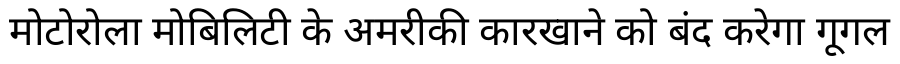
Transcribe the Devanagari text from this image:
मोटोरोला मोबिलिटी के अमरीकी कारखाने को बंद करेगा गूगल